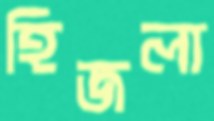
হিজলা